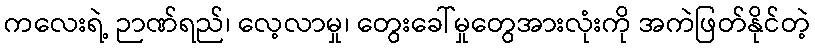
ကလေးရဲ့ ဉာဏ်ရည်၊ လေ့လာမှု၊ တွေးခေါ်မှုတွေအားလုံးကို အကဲဖြတ်နိုင်တဲ့